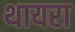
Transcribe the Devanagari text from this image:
थायरा